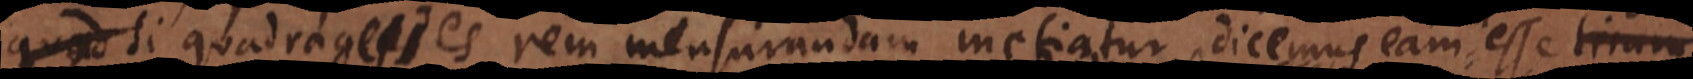
quod si quadragesies rem mensurandam metiatur dicemus eam rem